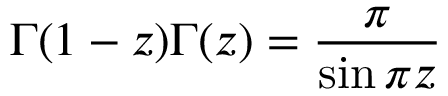
\Gamma ( 1 - z ) \Gamma ( z ) = \frac { \pi } { \sin \pi z }